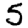
Digit: 5